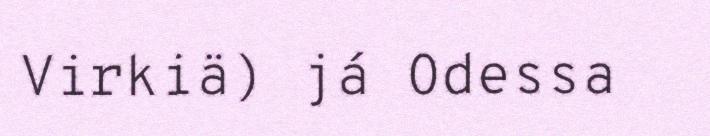
Virkiä) já Odessa